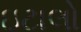
ઇટાલો